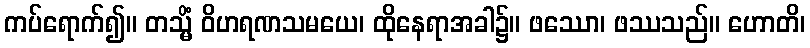
ကပ်ရောက်၍။ တသ္မိံ ဝိဟရဏသမယေ၊ ထိုနေရာအခါ၌။ ဖဿော၊ ဖဿသည်။ ဟောတိ၊